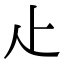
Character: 龰